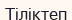
Тіліктеп